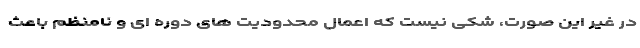
در غیر این صورت، شکی نیست که اعمال محدودیت های دوره ای و نامنظم باعث